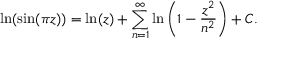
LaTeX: \ln ( \sin ( \pi z ) ) = \ln ( z ) + \displaystyle \sum _ { n = 1 } ^ { \infty } \ln \left( 1 - { \frac { z ^ { 2 } } { n ^ { 2 } } } \right) + C .